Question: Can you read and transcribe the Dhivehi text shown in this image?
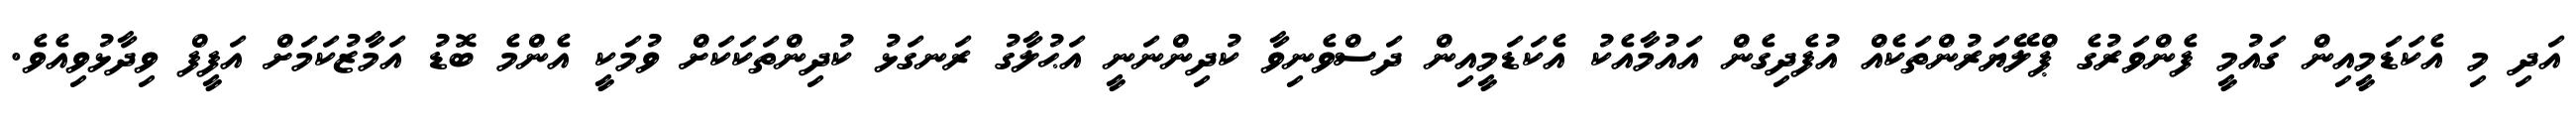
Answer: އަދި މި އެކަޑަމީއިން ގައުމީ ފެންވަރުގެ ޕްލޭޔަރުންތަކެއް އުފެދިގެން އައުމާއެކު އެކަޑަމީއިން ދަސްވެނިވާ ކުދިންނަނީ އަޙުލާގު ރަނގަޅު ކުދިންތަކަކަށް ވުމަކީ އެންމެ ބޮޑު އަމާޒުކަމަށް އަފީފް ވިދާޅުވިއެވެ.